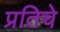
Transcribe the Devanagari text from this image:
प्रतिचे